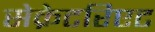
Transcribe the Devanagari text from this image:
सेक्रेटरिएट